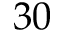
3 0